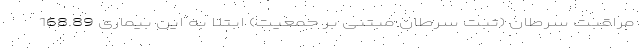
مراقبت سرطان (ثبت سرطان مبتنی بر جمعیت) ابتلا به این بیماری 168.89